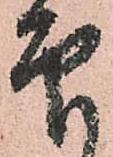
印